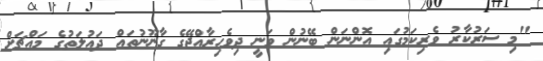
"މި ސަރުކާރު ވެރިކަމުގައި އޮންނަން ބޭނުން ވަނީ ދިވެހިރާއްޖޭގެ ގާނޫނުތައް ދައުލަތުގެ މައްޗަށް